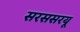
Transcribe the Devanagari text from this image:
सरससरयू